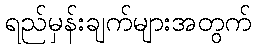
ရည်မှန်းချက်များအတွက်